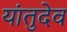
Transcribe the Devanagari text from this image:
यांतुदेव